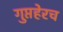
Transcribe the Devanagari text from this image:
गुप्तहेरच